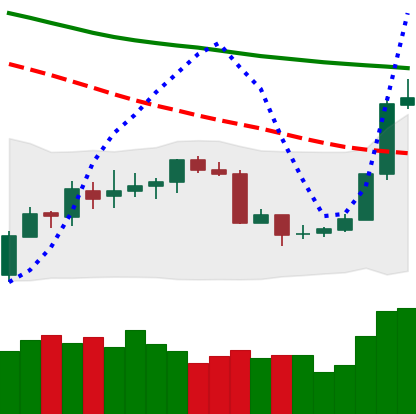
Ticker: BTC-USD
Chart end date: 2018-07-18
Forward return: 4.617%
Label: up_3_5